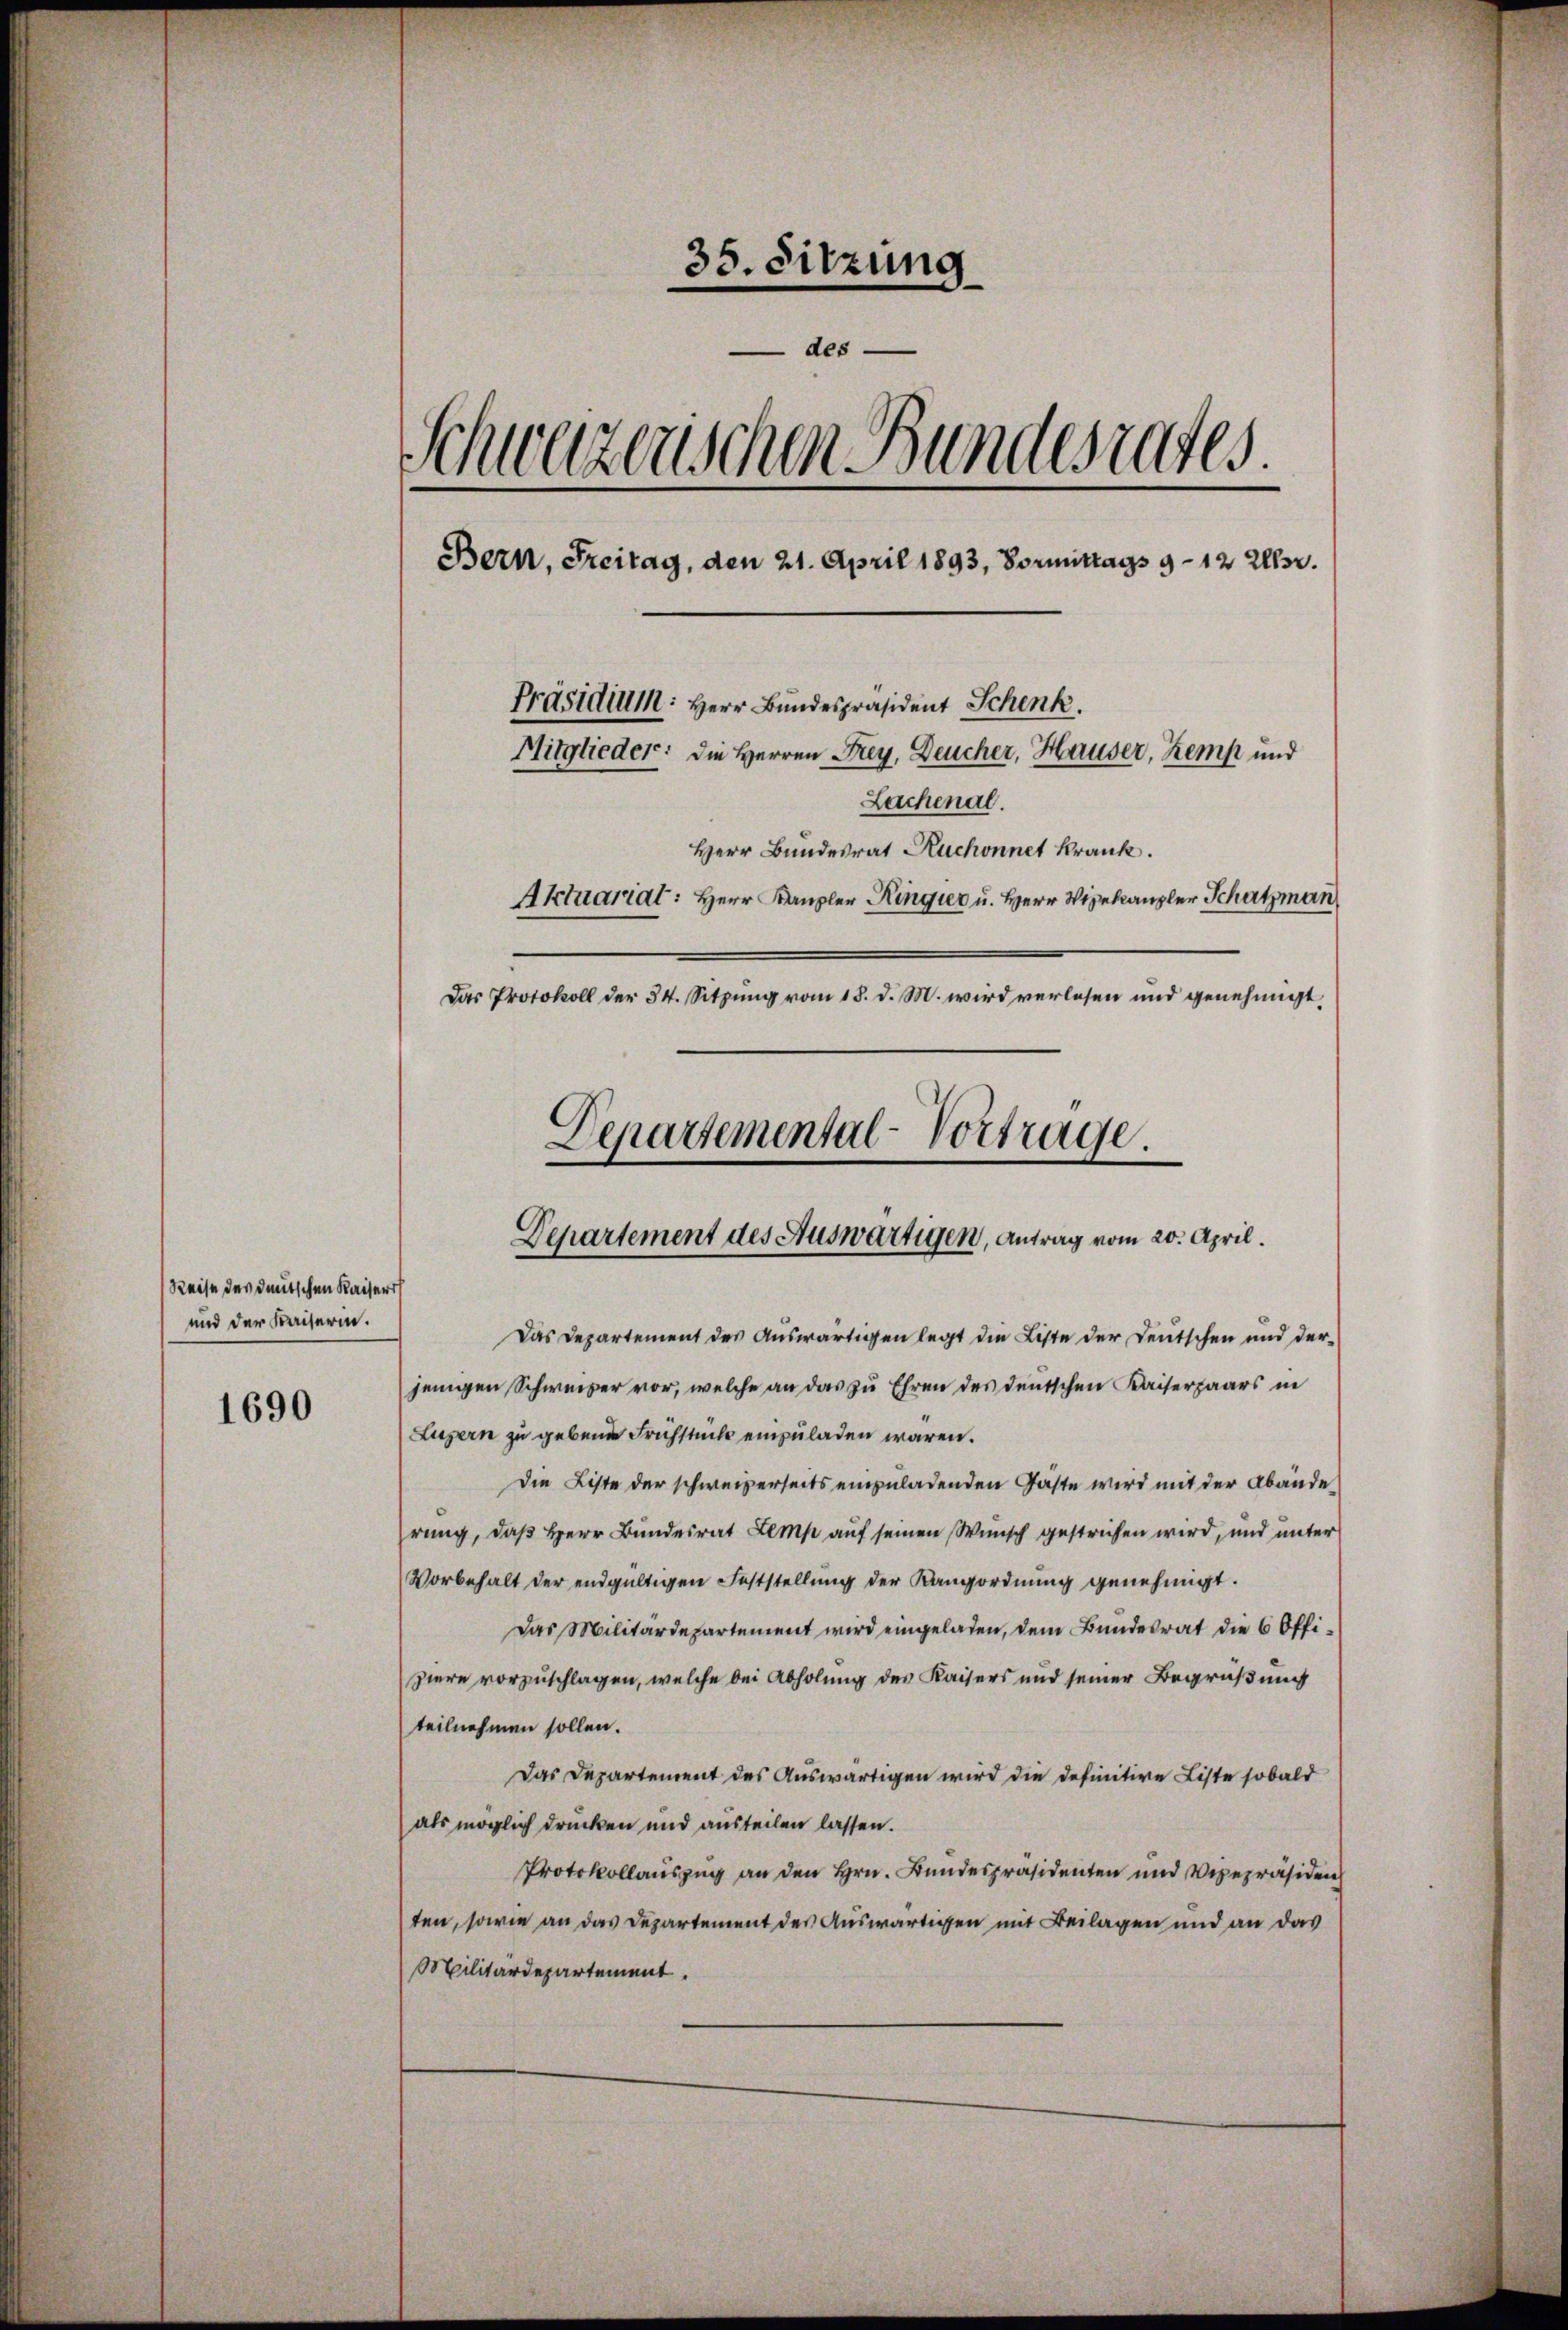
Reise des deutschen Kaiseri
und der Kaiserin.

1690

35. Sitzung
des
Schweizerischen Bundesrates
Bern, Freitag, den 21. April 1893, Vormittags 9 - 12 Ellsr.
Präsidium: Herr Bundespräsident Schenk
Mitglieder: die Herren Frey, Deucher, Hauser, Kemp und
Lachenal.
Herr Bundesrat Ruchonnet krank.
Aktuariat: Herr Kanzler Ringier u. Herr Vizekanzler Schatzman
Das Protokoll der 34. Sitzung vom 18. d. M. wird verlesen und genehmigt,

Departemental-Vortrage.
Departement des Auswärtigen, Antrag vom 20. April

Das Departement des Auswärtigen legt die Liste der Deutschen und derjenigen Schweizer vor, welche an das zu Ehren des deutschen Kaiserpaars in
Luzern zu gebende Frühstück einzuladen wären.
die Liste der schweizerseits einzuladenden Gäste wird mit der Abände
rung, daß Herr Bundesrat Lemp auf seinen Wunsch gestrichen wird, und unter
Vorbehalt der endgültigen Feststellung der Rangordnung genehmigt.
Das Militärdepartement wird eingeladen, dem Bundesrat die 6 Offiziere vorzuschlagen, welche bei Abholung der Kaisers und seiner Begrüßung
teilnehmen sollen.
Das Departement des Auswärtigen wird die definitive Liste sobald
als möglich drücken und austeilen lassen.
Protokollauszug an den Hrn. Bundespräsidenten und Verepräsiden
ten, sowie an das Departement des Auswärtigen mit Beilagen und an das
Militärdepartement.